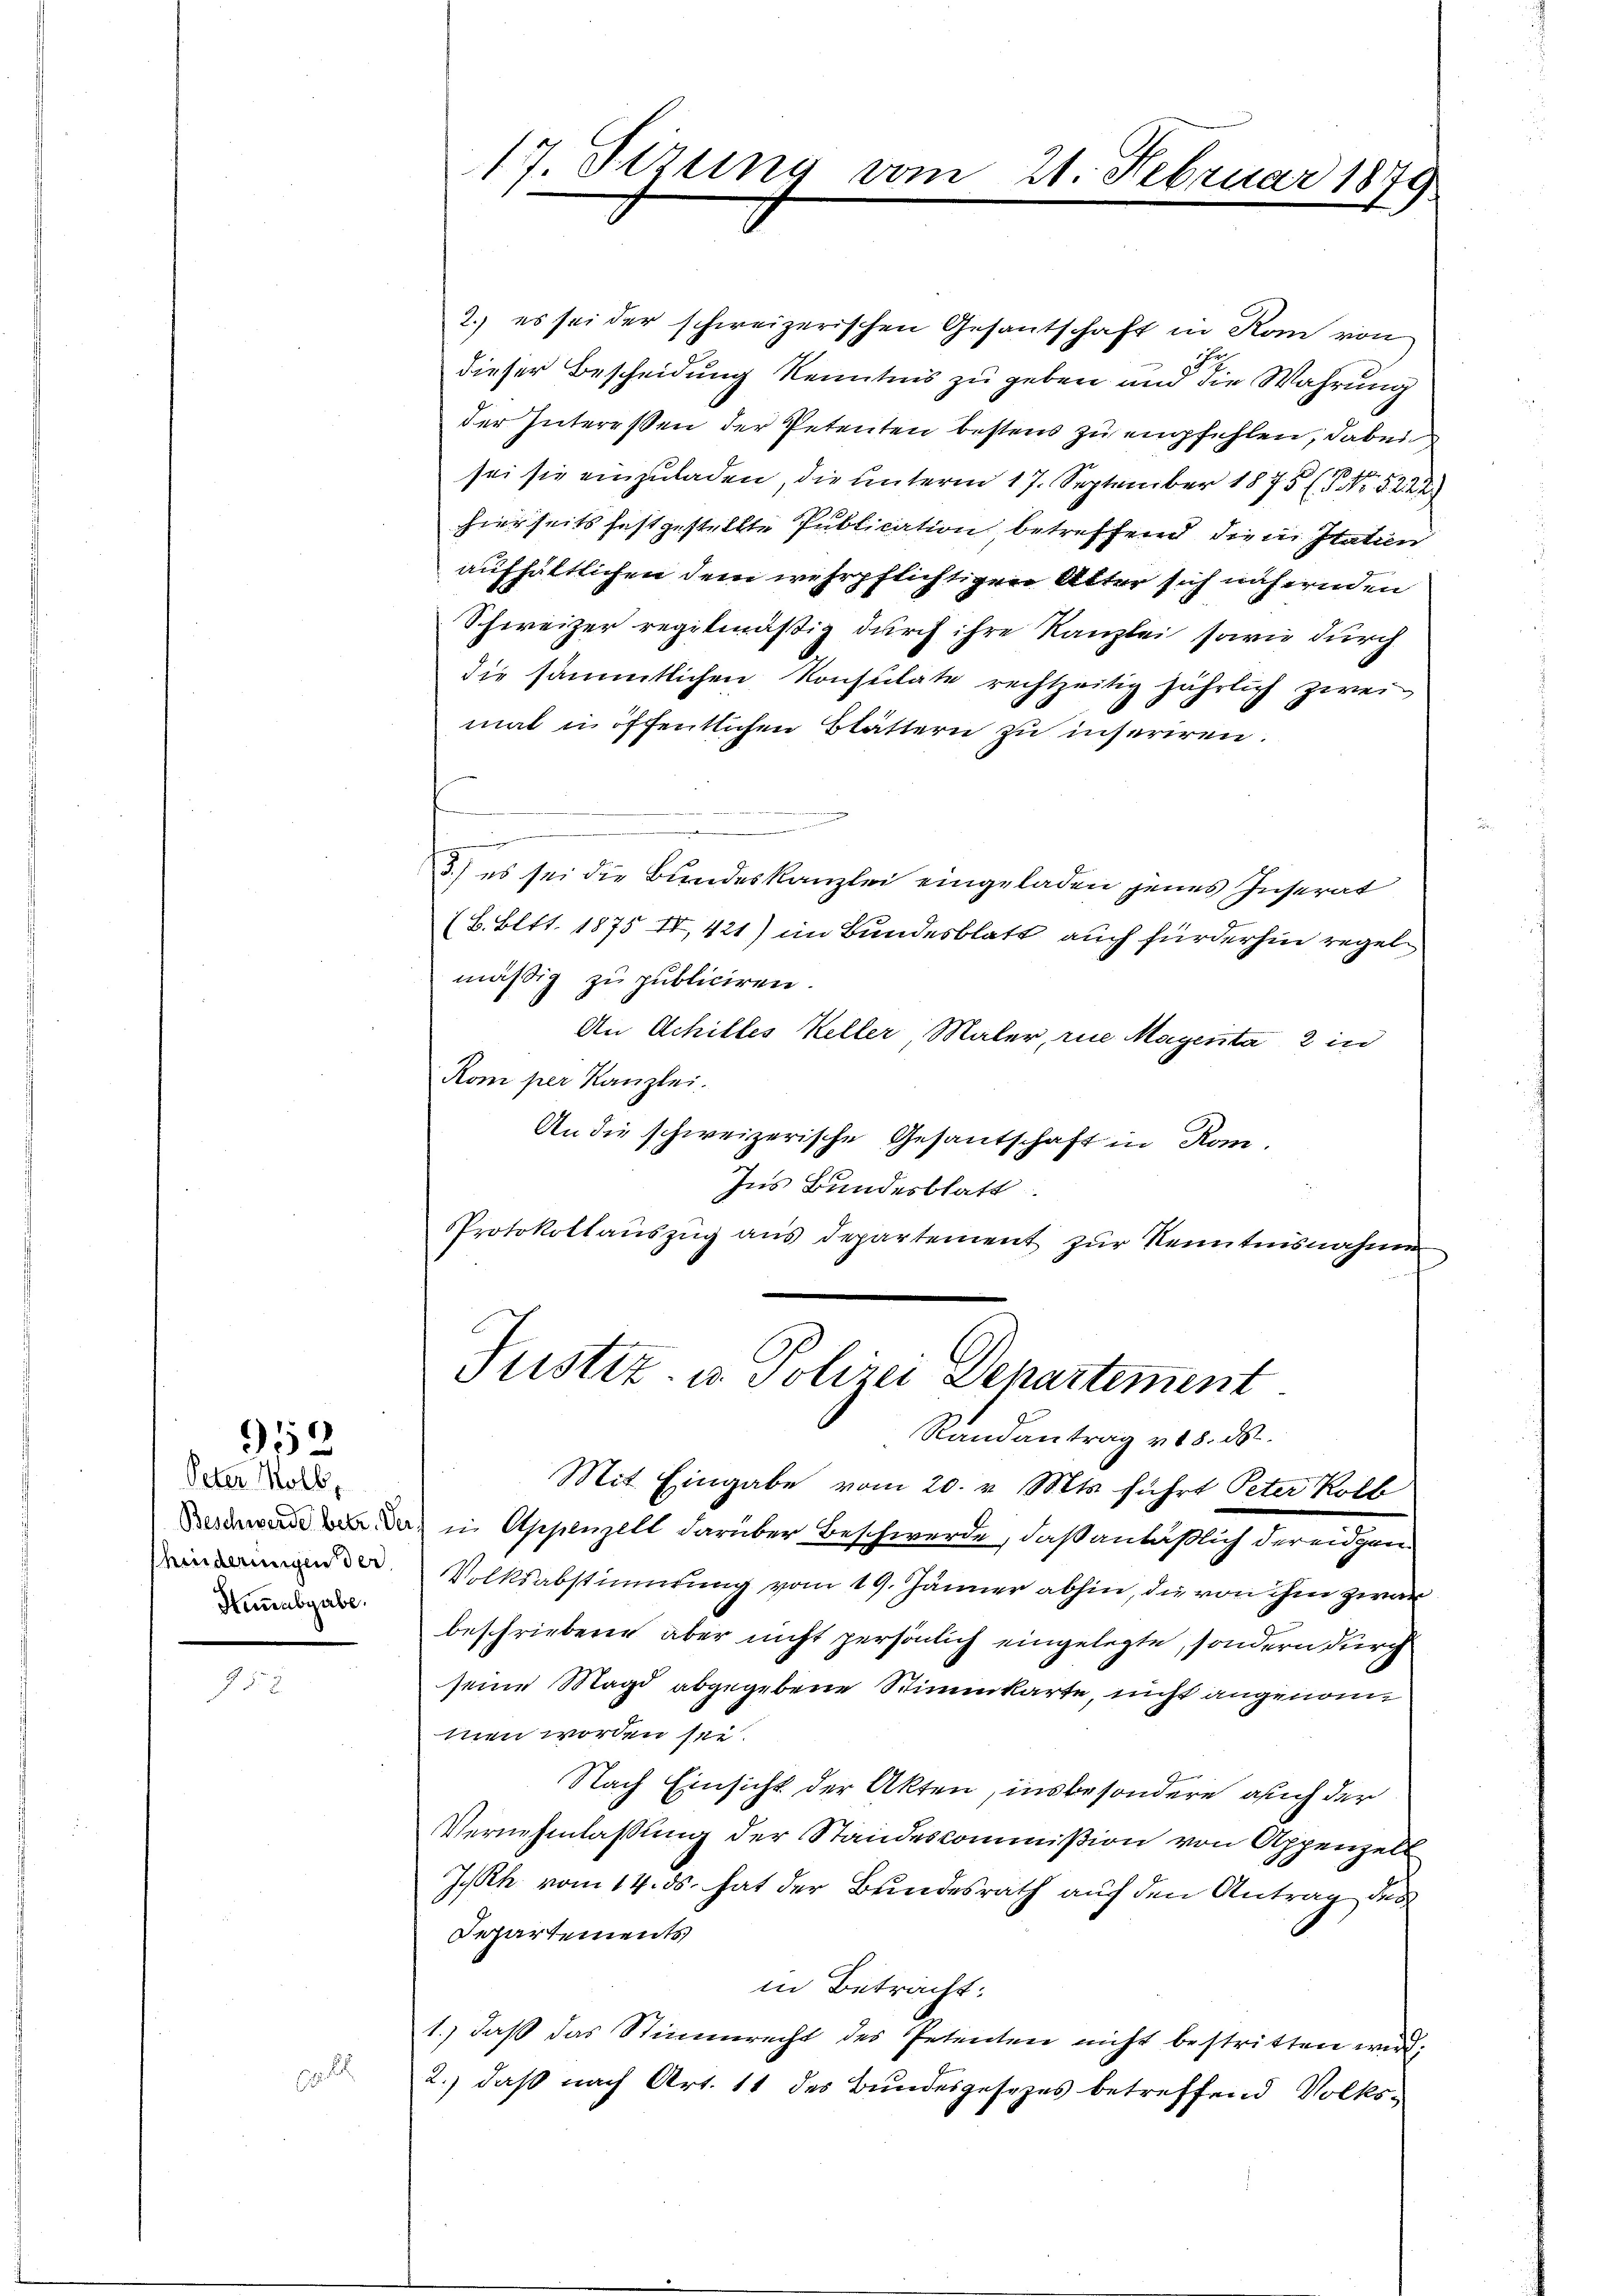
Peter Molb
hinderungen der
Hunabgabe.

952

17. Sirung vom

2. es sei der schweizerischen Gesantschaft in Kan von
27.
dieser Bescheidung Kenntnis zu geben und die Wahrung
der Intereßen der Petenten bestens zu empfehlen, dabei
sei sie einzuladen, die unterm 17. September 1875 (Nr. 522
hierseits festgestellte Publication, betreffend die in Itation
aufhältlichen dem wehrpflichtigen Atter sich nähernden
Schweizer regitmäßig durch ihre Kanzlei sowie durch
die sämmtlichen Konsulate rechtzeitig jährlich zwei
mal in öffentlichen Blättern zu inseriren.
n
3.) es sei die Bundeskanzlei eingeladen jenes Inserat
(B. Bett. 1875 II, 421) im Bundesblatt auch fürderhin regelmäßig zu publiciren.
An Achilles Keller, Maler, rue Magenta 2 in
Kom per Kanzlei.
An die schweizerische Gesantschaft in Rom.
Ins Bundesblatt
Protokollaŭszŭg aŭs departement zŭr Kenntnisnahmen
Justiz- u. Polizei Departement.

21. Februar 1879.

Randantrag v. 18. ds.
Mit Eingabe vom 20. v. Mts. führt Peter Kolb

Da in Appenzell darüber Beschwerde, daß anläßlich der eidgen
Volksabstimmung vom 19. Jänner abhin, die von ihm zwar
beschriebene aber nicht persönlich eingelegte, sondern durch
seine Magd abgegebene Stimmkarte, nicht angenommen worden sei.
Nach Einsicht der Akten, insbesondere auch der
Vernehmlassung der Standescommißion von Appenzell
I.Rh. vom 14. ds. hat der Bundesrath auf den Antrag des
Departements
in Betracht:
1.) daß das Stimmrecht des Petenten nicht bestritten wird;
2.) daß nach Art. 11 des Bundesgesezes betreffend Volks¬